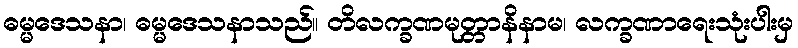
ဓမ္မဒေသနာ၊ ဓမ္မဒေသနာသည်။ တိလက္ခဏမုတ္တာနိနာမ၊ လက္ခဏာရေးသုံးပါးမှ